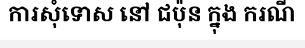
ការសុំទោស នៅ ជប៉ុន ក្នុង ករណី